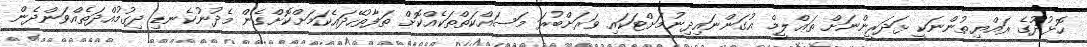
ހޮޅުދޫގެ ރައްޔިތުންނަކީ ޅަދަރީންނަށް ތަޢްލީމް އުގަންނައިދިނުމަށްޓަކައި ވަރަށްބުރަ މަސައްކަތްތަކެއްކޮށް ތަފާތުހޭދައެކަމަށްކޮށްގެން މެދުނުކެނޑި ދިގުމުއްދަތެއްވަންދެން